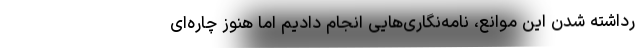
رداشته شدن این موانع، نامه‌نگاری‌هایی انجام دادیم اما هنوز چاره‌ای